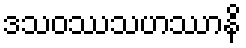
ဒသဝဿသဟဿာနိ